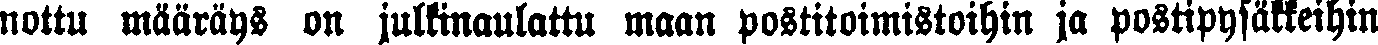
nottu määräys on julkinaulattu maan postitoimistoihin ja postipysäkkeihin